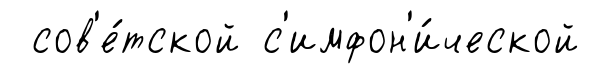
сов'е́тской с'имфон'и́ческой